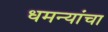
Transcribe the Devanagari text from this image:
धमन्यांचा